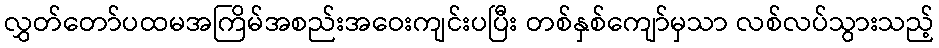
လွှတ်တော်ပထမအကြိမ်အစည်းအဝေးကျင်းပပြီး တစ်နှစ်ကျော်မှသာ လစ်လပ်သွားသည့်